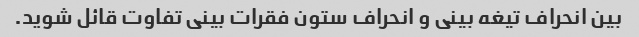
بین انحراف تیغه بینی و انحراف ستون فقرات بینی تفاوت قائل شوید.